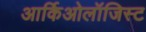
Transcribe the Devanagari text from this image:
आर्किओलॉजिस्ट